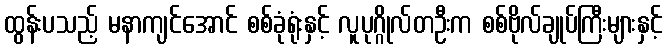
ထွန်းပသည့် မနာကျင်အောင် စစ်ခုံရုံးနှင့် လူပုဂ္ဂိုလ်တဦးက စစ်ဗိုလ်ချုပ်ကြီးများနှင့်